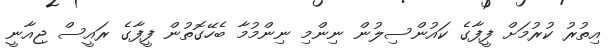
އިތުރު ކުރުމަށް ފީފާގެ ކައުންސިލުން ނިންމި ނިންމުމާ ބެހޭގޮތުން ފީފާގެ ރައީސް ޖިއާނީ